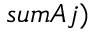
s u m A j )